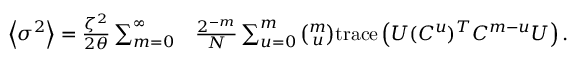
\begin{array} { r l } { \left\langle \sigma ^ { 2 } \right\rangle = \frac { \zeta ^ { 2 } } { 2 \theta } \sum _ { m = 0 } ^ { \infty } } & { { } \frac { 2 ^ { - m } } { N } \sum _ { u = 0 } ^ { m } \binom { m } { u } \mathrm { t r a c e } \left( U ( C ^ { u } ) ^ { T } C ^ { m - u } U \right) . } \end{array}